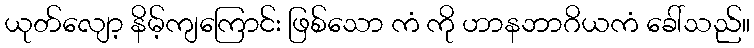
ယုတ်လျော့ နိမ့်ကျကြောင်း ဖြစ်သော ကံ ကို ဟာနဘာဂိယကံ ခေါ်သည်။